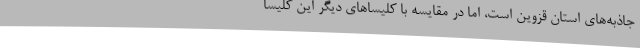
جاذبه‌های استان قزوین است، اما در مقایسه با کلیسا‌های دیگر این کلیسا